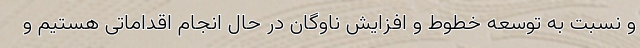
و نسبت به توسعه خطوط و افزایش ناوگان در حال انجام اقداماتی هستیم و